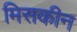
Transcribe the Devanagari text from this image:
मिसकीन